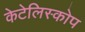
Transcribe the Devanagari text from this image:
केटेलिस्कोप